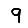
Digit: 9